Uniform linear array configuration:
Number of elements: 4
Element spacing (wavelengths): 0.5
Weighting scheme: uniform
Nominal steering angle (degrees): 60
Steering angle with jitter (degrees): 59.167
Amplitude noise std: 0.05
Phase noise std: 0.05

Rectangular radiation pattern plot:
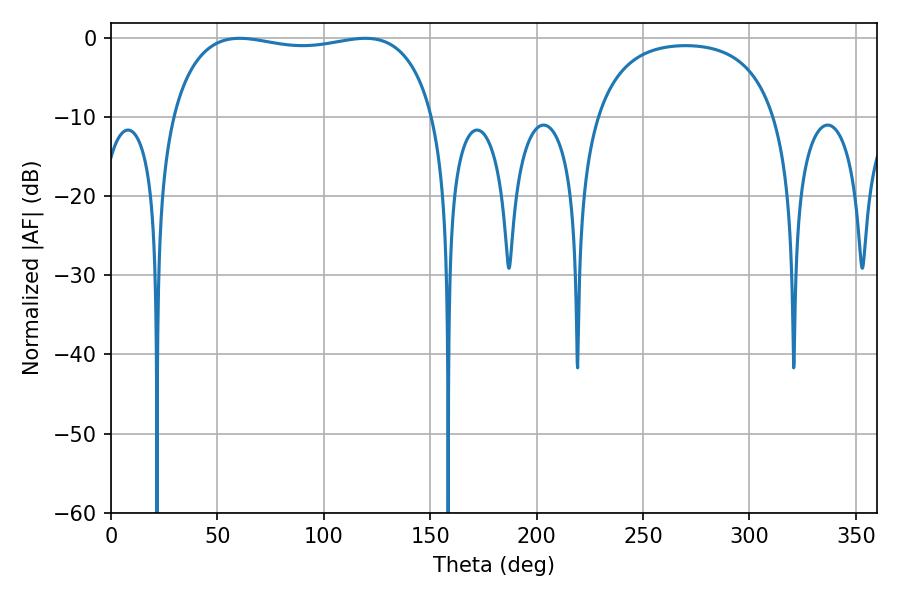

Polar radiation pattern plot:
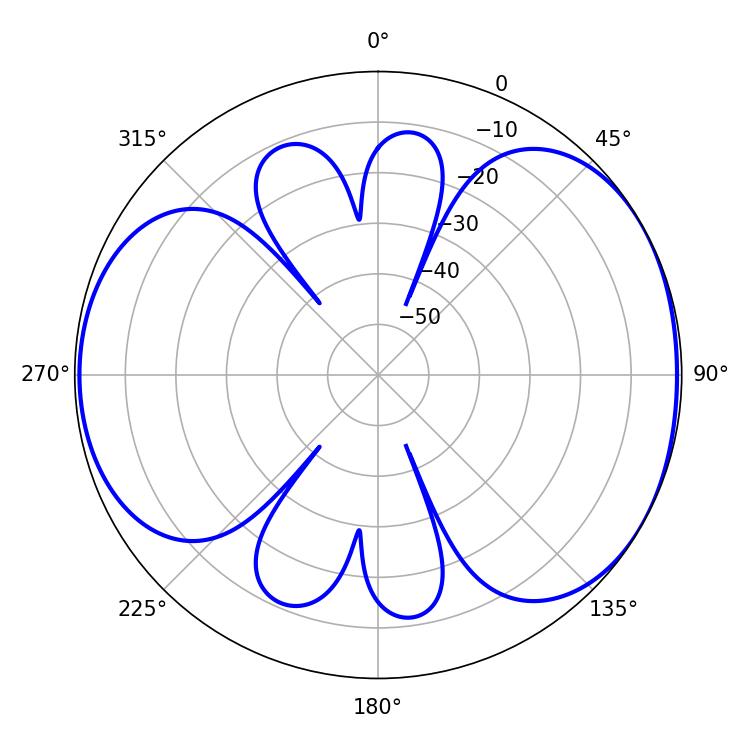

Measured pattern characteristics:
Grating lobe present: FALSE
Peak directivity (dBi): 4.954
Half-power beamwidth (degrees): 100.08
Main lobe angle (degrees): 60.48